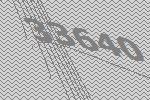
33640